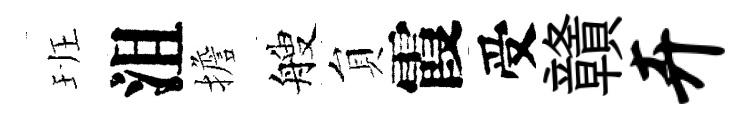
班沮擔艘貟霞受贛卉